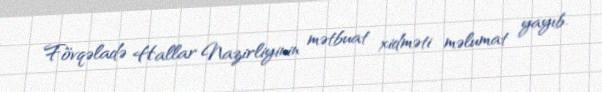
Fövqəladə Hallar Nazirliyinin mətbuat xidməti məlumat yayıb.